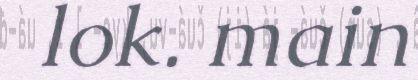
lok. main